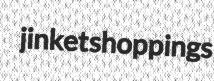
jinket shoppings